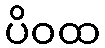
ပိဝထ